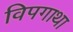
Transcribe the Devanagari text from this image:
विपगाथा